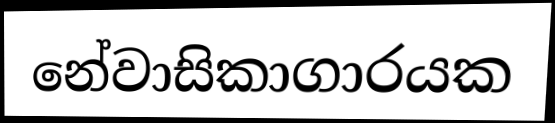
නේවාසිකාගාරයක